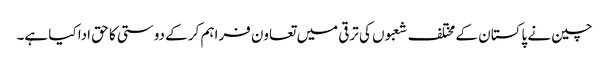
چین نے پاکستان کے مختلف شعبوں کی ترقی میں تعاون فراہم کر کے دوستی کا حق ادا کیا ہے۔